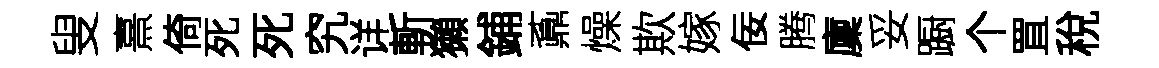
叟熹倚死死究详斬獺鋪鼒燥欺嫁佞腾廩妥蹰个罝稅